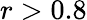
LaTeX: r>0.8